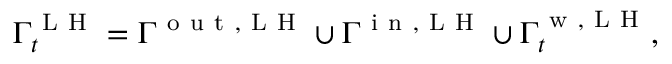
\Gamma _ { t } ^ { \mathrm { ~ L ~ H ~ } } = \Gamma ^ { \mathrm { ~ o ~ u ~ t ~ , ~ L ~ H ~ } } \cup \Gamma ^ { \mathrm { ~ i ~ n ~ , ~ L ~ H ~ } } \cup \Gamma _ { t } ^ { \mathrm { ~ w ~ , ~ L ~ H ~ } } ,